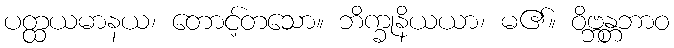
ပတ္ထယမာနယ၊ တောင့်တသော။ ဘိက္ခုနိယယာ၊ မ၏။ ဝိဗ္ဘန္တဘာဝ